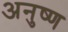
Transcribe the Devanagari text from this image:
अनुष्ण